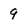
Character: 9